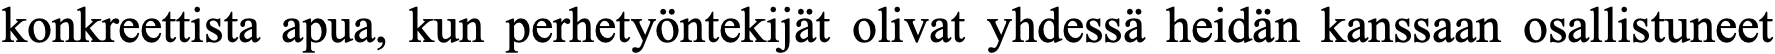
konkreettista apua, kun perhetyöntekijät olivat yhdessä heidän kanssaan osallistuneet